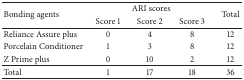
| <ROWSPAN=2> Bonding agents | <COLSPAN=3> ARI scores | <ROWSPAN=2> Total |
 | Score 1 | Score 2 | Score 3 |
 | --- | --- | --- | --- | --- |
 | Reliance Assure plus | 0 | 4 | 8 | 12 |
 | Porcelain Conditioner | 1 | 3 | 8 | 12 |
 | Z Prime plus | 0 | 10 | 2 | 12 |
 | Total | 1 | 17 | 18 | 36 |